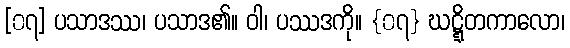
[၀၇] ပသာဒဿ၊ ပသာဒ၏။ ဝါ၊ ပဿဒကို။ {၀၇} ဃဋ္ဋိတကာလော၊